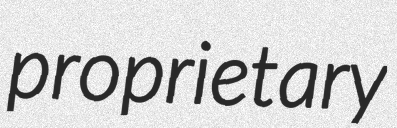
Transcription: proprietary